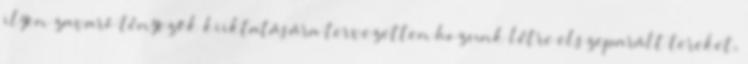
ilyen zavaró tényezők kiiktatására tervezetten hozunk létre elszeparált tereket,